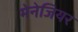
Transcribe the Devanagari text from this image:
मेनेजियर